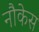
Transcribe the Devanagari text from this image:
नौकेस